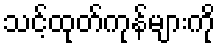
သင့်ထုတ်ကုန်များကို